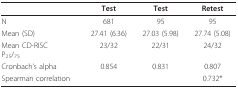
<table><thead><tr><td></td><td><b>Test</b></td><td><b>Test</b></td><td><b>Retest</b></td></tr></thead><tbody><tr><td>N</td><td>681</td><td>95</td><td>95</td></tr><tr><td>Mean (SD)</td><td>27.41 (6.36)</td><td>27.03 (5.98)</td><td>27.74 (5.08)</td></tr><tr><td>Mean CD-RISCP<sub>25</sub>/<sub>75</sub></td><td>23/32</td><td>22/31</td><td>24/32</td></tr><tr><td>Cronbach&#x27;s alpha</td><td>0.854</td><td>0.831</td><td>0.807</td></tr><tr><td>Spearman correlation</td><td></td><td></td><td>0.732*</td></tr></tbody></table>